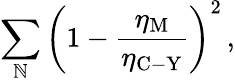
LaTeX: \sum_{\mathbb{N}}\left(1-\frac{{\eta_{\mathrm{{M}}}}}{{\eta_{\mathrm{{C-Y}}}}}\right)^{2}\, ,